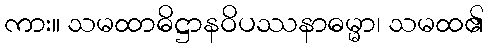
ကား။ သမထာဓိဋ္ဌာနဝိပဿနာဓမ္မာ၊ သမထ၏